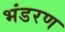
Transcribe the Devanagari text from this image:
भंडरण